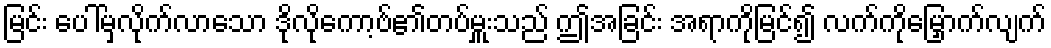
မြင်း ပေါ်မှလိုက်လာသော ဒိုလိုကော့ဗ်၏တပ်မှူးသည် ဤအခြင်း အရာကိုမြင်၍ လက်ကိုမြှောက်လျက်